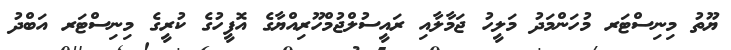
ޔޫތު މިނިސްޓަރ މުހަންމަދު މަލީހު ޖަމާލާއި ރައީސުލްޖުމްހޫރިއްޔާގެ އޮފީހުގެ ކުރީގެ މިނިސްޓަރ އަބްދު